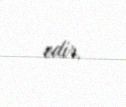
edir.